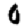
Digit: 0